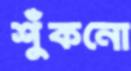
শুঁকনো